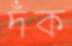
দঁক